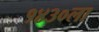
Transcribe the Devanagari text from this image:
१४३०ला